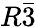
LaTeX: R\bar{3}